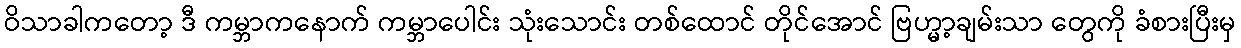
ဝိသာခါကတော့ ဒီ ကမ္ဘာကနောက် ကမ္ဘာပေါင်း သုံးသောင်း တစ်ထောင် တိုင်အောင် ဗြဟ္မာ့ချမ်းသာ တွေကို ခံစားပြီးမှ